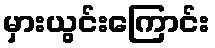
မှားယွင်းကြောင်း